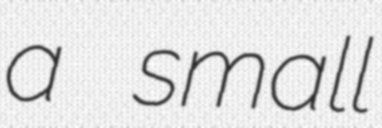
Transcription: a small